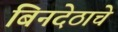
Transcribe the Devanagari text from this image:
बिनदेठाचे